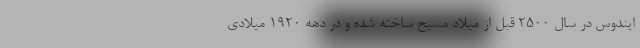
ایندوس در سال ۲۵۰۰ قبل از میلاد مسیح ساخته شده و در دهه ۱۹۲۰ میلادی